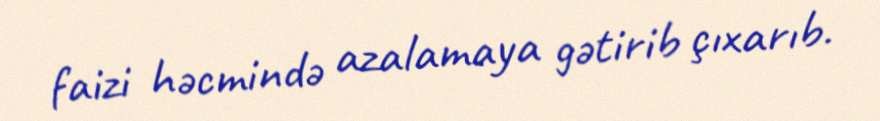
faizi həcmində azalamaya gətirib çıxarıb.